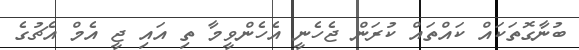
ބުނާގޮތަކައް ކައްތައް ކުރަން ޖެހެނީ އެހެންވީމާ ތި އައި ޖީ އެމް އެޗުގެ